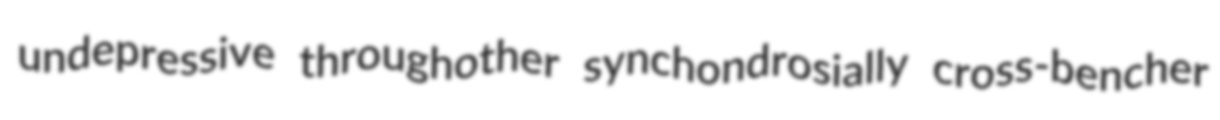
undepressive throughother synchondrosially cross-bencher